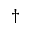
\dagger